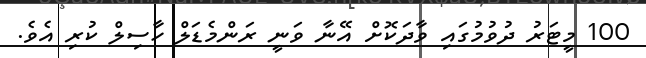
100 މީޓަރު ދުވުމުގައި ވާދަކޮށް އޭނާ ވަނީ ރަންމެޑަލް ހާސިލް ކުރި އެވެ.